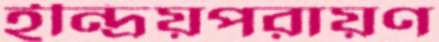
ইন্দ্রিয়পরায়ণ